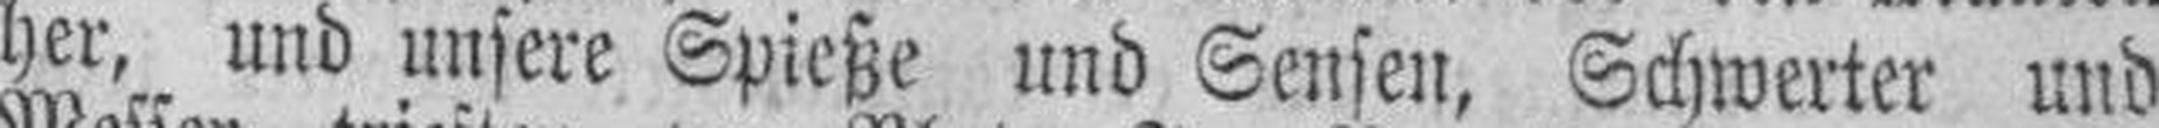
her, und unsere Spieße und Sensen, Schwerter und